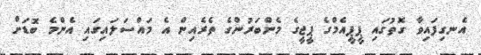
އެނގިފައިވާ ގޮތުގައި ޕީޕީއެމްގެ ޕީޖީގެ މެންބަރުންގެ ތެރެއިން އެ މައްސަލައިގައި އެންމެ ބޮޑަށް